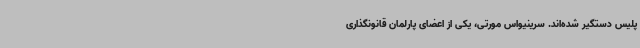
پلیس دستگیر شده‌اند. سرینیواس مورتی، یکی از اعضای پارلمان قانونگذاری